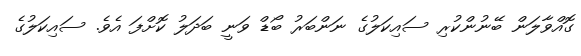
ގޮއްވާލަން ބޭނުންކުރި ސައިކަލުގެ ނަންބަރު ބޯޑް ވަނީ ބަދަލު ކޮށްފަ އެވެ. ސައިކަލުގެ